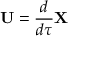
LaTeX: \mathbf { U } = { \frac { d } { d \tau } } \mathbf { X }